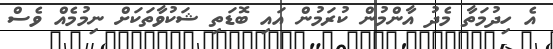
އެ ހިދުމަތާ މެދު އާންމުން ކުރަމުން އައި ބޮޑަތި ޝަކުވާތަކަށް ނިމުމެއް ވެސް